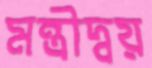
মন্ত্রীদ্বয়